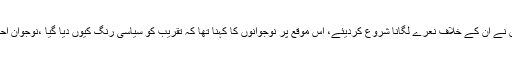
حمزہ شہباز کی عمران خان کیخلاف تقریر پر نوجوانوں نے ان کے خلاف نعرے لگانا شروع کردیئے، اس موقع پر نوجوانوں کا کہنا تھا کہ تقریب کو سیاسی رنگ کیوں دیا گیا ،نوجوان احتجاجاً نونو کے نعرے لگاتے ہوئے تقریب چھوڑ گئے۔